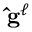
\mathbf { \hat { g } } ^ { \ell }